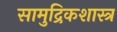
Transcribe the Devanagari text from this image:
सामुद्रिकशास्त्र